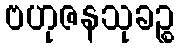
ဗဟုဇနသုခဉ္စ